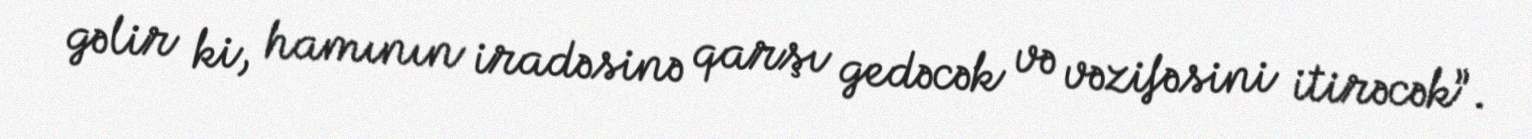
gəlir ki, hamının iradəsinə qarşı gedəcək və vəzifəsini itirəcək”.